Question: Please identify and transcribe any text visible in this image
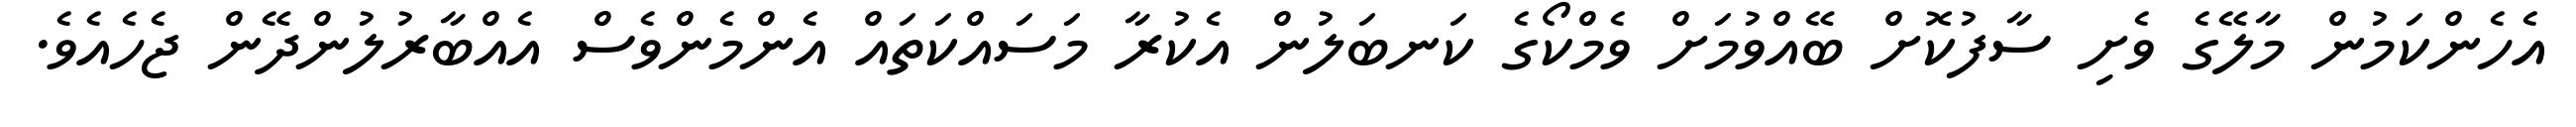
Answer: އެހެންކަމުން މާލޭގެ ވެށި ސާފުކޮށް ބޭއްވުމަށް ވެމްކޯގެ ކަނބަލުން އެކުރާ މަސައްކަތައް އެންމެންވެސް އެއްބާރުލުންދޭން ޖެހެއެވެ.